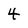
Character: 4